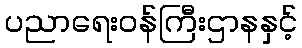
ပညာရေးဝန်ကြီးဌာနနှင့်